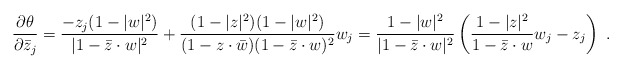
\begin{align*} \frac{\partial \theta}{\partial\bar z_j}=\frac{-z_j(1-|w|^2)}{|1-\bar z\cdot w|^2}+\frac{(1-|z|^2)(1-|w|^2)}{(1- z\cdot \bar w)(1-\bar z\cdot w)^2} w_j= \frac{1-|w|^2}{|1-\bar z\cdot w|^2}\left(\frac{1-|z|^2}{1-\bar z\cdot w}w_j-z_j\right)\ . \end{align*}